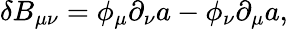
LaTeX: \delta B_{\mu\nu}=\phi_{\mu}\partial_{\nu}a-\phi_{\nu}\partial_{\mu}a,